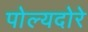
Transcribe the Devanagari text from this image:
पोल्यदोरे